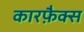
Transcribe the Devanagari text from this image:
कारफ़ैक्स